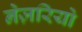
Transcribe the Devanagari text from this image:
नेज़रियो